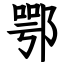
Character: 鄂